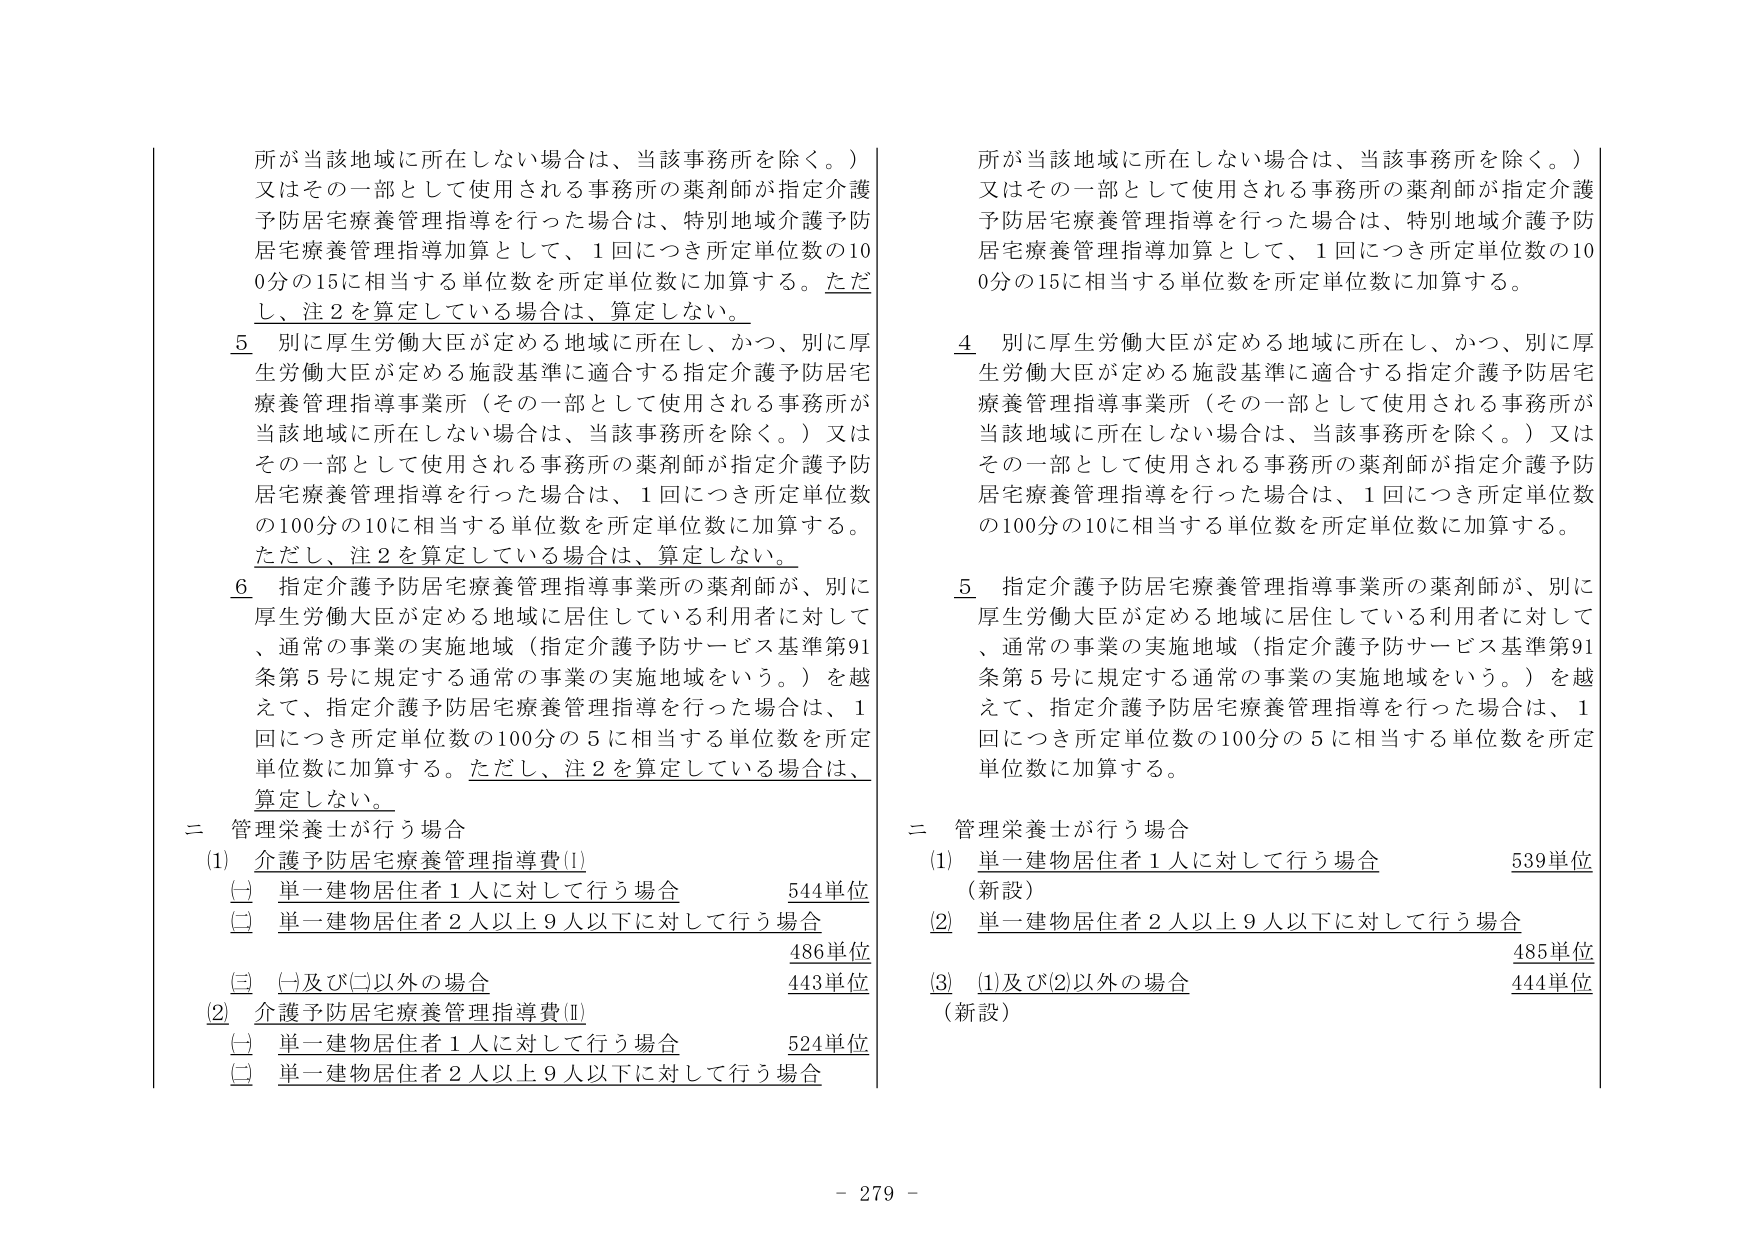
所が当該地域に所在しない場合は、当該事務所を除く。）
又はその一部として使用される事務所の薬剤師が指定介護予防居宅療養管理指導を行った場合は、特別地域介護予防居宅療養管理指導加算として、1回につき所定単位数の100分の15に相当する単位数を所定単位数に加算する。ただし、注2を算定している場合は、算定しない。

5 別に厚生労働大臣が定める地域に所在し、かつ、別に厚生労働大臣が定める施設基準に適合する指定介護予防居宅療養管理指導事業所（その一部として使用される事務所が当該地域に所在しない場合は、当該事務所を除く。）又はその一部として使用される事務所の薬剤師が指定介護予防居宅療養管理指導を行った場合は、1回につき所定単位数の100分の10に相当する単位数を所定単位数に加算する。ただし、注2を算定している場合は、算定しない。

6 指定介護予防居宅療養管理指導事業所の薬剤師が、別に厚生労働大臣が定める地域に居住している利用者に対して、通常の事業の実施地域（指定介護予防サービス基準第91条第5号に規定する通常の事業の実施地域をいう。）を越えて、指定介護予防居宅療養管理指導を行った場合は、1回につき所定単位数の100分の5に相当する単位数を所定単位数に加算する。ただし、注2を算定している場合は、算定しない。

二 管理栄養士が行う場合
(1) 介護予防居宅療養管理指導費(Ⅰ)
　(一) 単一建物居住者1人に対して行う場合　544単位
　(二) 単一建物居住者2人以上9人以下に対して行う場合　486単位
　(三) (一)及び(二)以外の場合　443単位
(2) 介護予防居宅療養管理指導費(Ⅱ)
　(一) 単一建物居住者1人に対して行う場合　524単位
　(二) 単一建物居住者2人以上9人以下に対して行う場合

所が当該地域に所在しない場合は、当該事務所を除く。）
又はその一部として使用される事務所の薬剤師が指定介護予防居宅療養管理指導を行った場合は、特別地域介護予防居宅療養管理指導加算として、1回につき所定単位数の100分の15に相当する単位数を所定単位数に加算する。

4 別に厚生労働大臣が定める地域に所在し、かつ、別に厚生労働大臣が定める施設基準に適合する指定介護予防居宅療養管理指導事業所（その一部として使用される事務所が当該地域に所在しない場合は、当該事務所を除く。）又はその一部として使用される事務所の薬剤師が指定介護予防居宅療養管理指導を行った場合は、1回につき所定単位数の100分の10に相当する単位数を所定単位数に加算する。

5 指定介護予防居宅療養管理指導事業所の薬剤師が、別に厚生労働大臣が定める地域に居住している利用者に対して、通常の事業の実施地域（指定介護予防サービス基準第91条第5号に規定する通常の事業の実施地域をいう。）を越えて、指定介護予防居宅療養管理指導を行った場合は、1回につき所定単位数の100分の5に相当する単位数を所定単位数に加算する。

二 管理栄養士が行う場合
(1) 単一建物居住者1人に対して行う場合　539単位
　（新設）
(2) 単一建物居住者2人以上9人以下に対して行う場合　485単位
(3) (1)及び(2)以外の場合　444単位
　（新設）

- 279 -